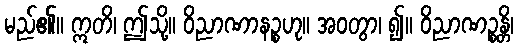
မည်၏။ ဣတိ၊ ဤသို့။ ဝိညာဏာနဉ္စဟု။ အဝတွာ၊ ၍။ ဝိညာဏဉ္စန္တိ၊